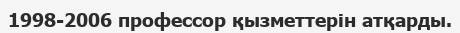
1998-2006 профессор қызметтерін атқарды.